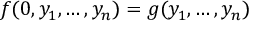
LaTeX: f ( 0 , y _ { 1 } , \ldots , y _ { n } ) = g ( y _ { 1 } , \ldots , y _ { n } )